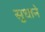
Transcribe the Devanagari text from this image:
सुधाने